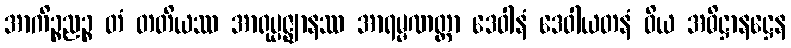
အာကိဉ္စညဉ္စ တံ တတိယဿ အာရုပ္ပဇ္ဈာနဿ အာရမ္မဏတ္တာ ဒေဝါနံ ဒေဝါယတနံ ဝိယ အဓိဋ္ဌာနဋ္ဌေန